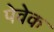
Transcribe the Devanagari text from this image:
पेवेक